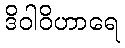
ဒိဝါဝိဟာရေ